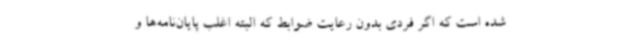
شده است که اگر فردی بدون رعایت ضوابط که البته اغلب پایان‌نامه‌ها و